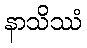
နာသိဿံ